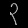
Digit: ၃